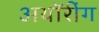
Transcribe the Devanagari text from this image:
अथॉरींग